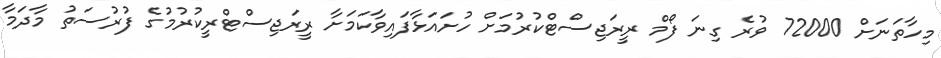
މިހާތަނަށް 72000 ވުރެ ގިނަ ފޯމް ރީރަޖިސްޓްކުރުމަށް ހުށައަޅާފައިވާކަމަށާ ރީރަޖިސްޓްރީކުރުމުގެ ފުރުސަތު މާދަމާ